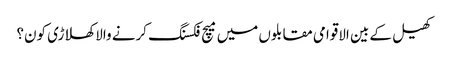
کھیل کے بین الاقوامی مقابلوں میں میچ فکسنگ کرنے والا کھلاڑی کون؟